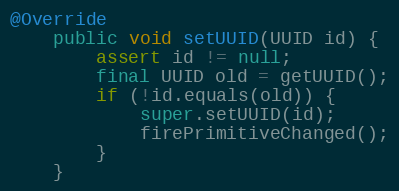
Language: Java
@Override
	public void setUUID(UUID id) {
		assert id != null;
		final UUID old = getUUID();
		if (!id.equals(old)) {
			super.setUUID(id);
			firePrimitiveChanged();
		}
	}